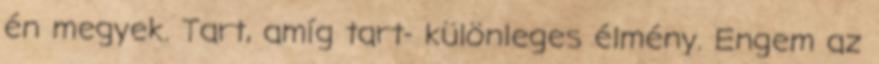
én megyek. Tart, amíg tart- különleges élmény. Engem az